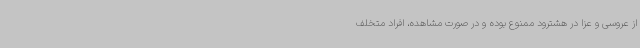
از عروسی و عزا در هشترود ممنوع بوده و در صورت مشاهده، افراد متخلف